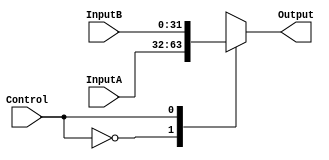
`timescale 1ns / 1ps
//////////////////////////////////////////////////////////////////////////////////
// Company: 
// Engineer: 
// 
// Design Name: 
// Module Name: Selector32_2to1
// Project Name: 
// Target Devices: 
// Tool Versions: 
// Description: 
// 
// Dependencies: 
// 
// Revision:
// Revision 0.01 - File Created
// Additional Comments:
// 
//////////////////////////////////////////////////////////////////////////////////

module Selector32_2to1(
	input wire[31:0]InputA,
	input wire[31:0]InputB,
	input wire Control,
	output reg[31:0]Output
    );
always @(*) begin
	case (Control)
		0:Output<=InputA;
		1:Output<=InputB;
	endcase
end
endmodule